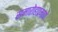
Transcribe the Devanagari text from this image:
समारोहाप्रमाणे